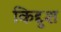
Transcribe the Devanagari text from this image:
किद्दुश